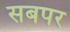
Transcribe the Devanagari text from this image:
सबपर